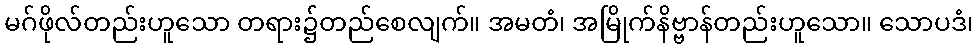
မဂ်ဖိုလ်တည်းဟူသော တရား၌တည်စေလျက်။ အမတံ၊ အမြိုက်နိဗ္ဗာန်တည်းဟူသော။ သောပဒံ၊